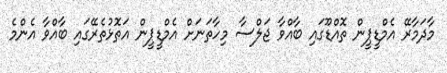
މާދަމާރޭ އެމްޑީޕީން ތޮއްޑޫގައި ބާއްވާ ޖަލްސާ މިހާތަނަށް އެމްޑީޕީން އަތޮޅުތެރޭގައި ބާއްވާ އެންމެ